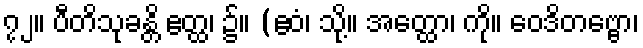
၇၂။ ပီတိသုခန္တိ ဧတ္ထ၊ ၌။ (ဧဝံ၊ သို့။ အတ္ထော၊ ကို။ ဝေဒိတဗ္ဗော၊